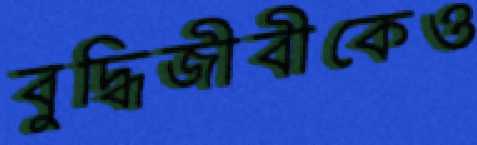
বুদ্ধিজীবীকেও